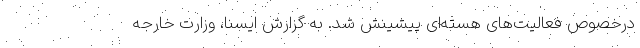
درخصوص فعالیت‌های هسته‌ای پیشینش شد. به گزارش ایسنا، وزارت خارجه